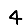
Digit: 4